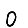
Digit: 0